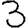
Digit: 3